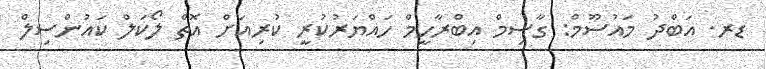
ޑރ. އަބްދު މައުސޫމް: ގާސިމް އިބްރާހީމް ހައްޔަރުކުރީ ކުރިއަށް އޮތް ލޯކަލް ކައުންސިލް